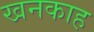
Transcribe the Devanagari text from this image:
खनकाह